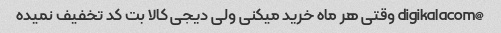
@digikalacom وقتی هر ماه خرید میکنی ولی دیجی کالا بت کد تخفیف نمیده